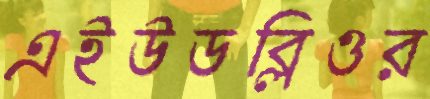
এইউডব্লিওর